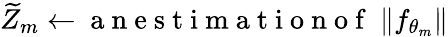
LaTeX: \widetilde{Z}_{m}\gets\mathrm{~a~n~e~s~t~i~m~a~t~i~o~n~o~f~}\ \| f_{\theta_{m}}\|